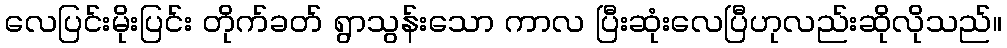
လေပြင်းမိုးပြင်း တိုက်ခတ် ရွာသွန်းသော ကာလ ပြီးဆုံးလေပြီဟုလည်းဆိုလိုသည်။